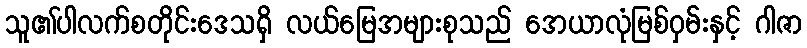
သူ၏ပါလက်စတိုင်းဒေသရှိ လယ်မြေအများစုသည် အေယာလုံမြစ်ဝှမ်းနှင့် ဂါဇာ